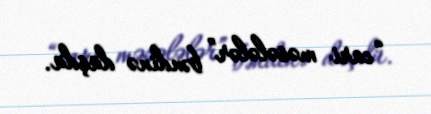
“cari məsələlər” bəndinə düşdü.